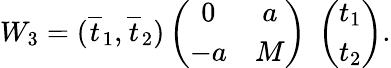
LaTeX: W_{3}=(\overline{{{t}}}_{1},\overline{{{t}}}_{2})\left(\begin{array}{cc}{{0}}&{{a}}\\ {{-a}}&{{M}}\end{array}\right)\; \left(\begin{array}{c}{{t_{1}}}\\ {{t_{2}}}\end{array}\right).